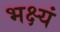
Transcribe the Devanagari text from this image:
भक्ष्यं